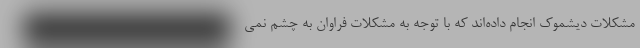
مشکلات دیشموک انجام داده‌اند که با توجه به مشکلات فراوان به چشم نمی